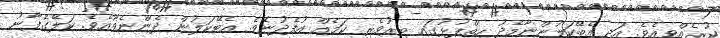
ކުރެއްވިއެވެ. އަދި އެބޭކަލުންނާމެދު ހިތްޕުޅުގައި ބިރުވެރި ކަމެއް އުފެދުނެވެ. އެބޭކަލުން ދެންނެވޫއެވެ. ކަލޭގެފާނު